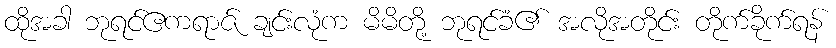
ထိုအခါ ဘုရင်ဧကရာဇ် ချင်းလုံက မိမိတို့ ဘုရင်ခံ၏ အလိုအတိုင်း တိုက်ခိုက်ရန်